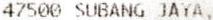
47500 SUBANG JAYA,